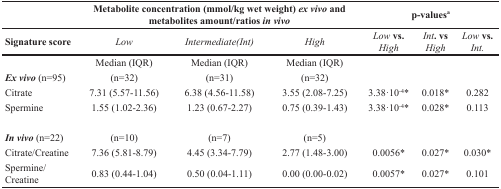
<table><thead><tr><td></td><td colspan="3"><b>Metabolite concentration (mmol/kg wet weight) <i>ex vivo</i> and metabolites amount/ratios <i>in vivo</i></b></td><td colspan="3"><b>p-values<sup>a</sup></b></td></tr><tr><td><b>Signature score</b></td><td><b><i>Low</i></b></td><td><b><i>Intermediate(Int)</i></b></td><td><b><i>High</i></b></td><td><b><i>Low</i> vs. <i>High</i></b></td><td><b><i>Int</i>. vs <i>High</i></b></td><td><b><i>Low</i> vs. <i>Int</i>.</b></td></tr></thead><tbody><tr><td></td><td>Median (IQR)</td><td>Median (IQR)</td><td>Median (IQR)</td><td></td><td></td><td></td></tr><tr><td><b><i>Ex vivo</i></b> (n=95)</td><td>(n=32)</td><td>(n=31)</td><td>(n=32)</td><td></td><td></td><td></td></tr><tr><td>Citrate</td><td>7.31 (5.57-11.56)</td><td>6.38 (4.56-11.58)</td><td>3.55 (2.08-7.25)</td><td>3.38·10<sup>-4</sup>*</td><td>0.018*</td><td>0.282</td></tr><tr><td>Spermine</td><td>1.55 (1.02-2.36)</td><td>1.23 (0.67-2.27)</td><td>0.75 (0.39-1.43)</td><td>3.38·10<sup>-4</sup>*</td><td>0.028*</td><td>0.113</td></tr><tr><td><b><i>In vivo</i></b> (n=22)</td><td>(n=10)</td><td>(n=7)</td><td>(n=5)</td><td></td><td></td><td></td></tr><tr><td>Citrate/Creatine</td><td>7.36 (5.81-8.79)</td><td>4.45 (3.34-7.79)</td><td>2.77 (1.48-3.00)</td><td>0.0056*</td><td>0.027*</td><td>0.030*</td></tr><tr><td>Spermine/Creatine</td><td>0.83 (0.44-1.04)</td><td>0.50 (0.04-1.11)</td><td>0.00 (0.00-0.02)</td><td>0.0057*</td><td>0.027*</td><td>0.101</td></tr></tbody></table>